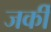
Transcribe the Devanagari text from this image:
जर्की